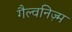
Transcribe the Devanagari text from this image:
गैल्वनिज़्म